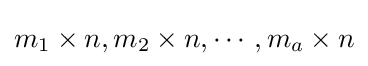
m_{1}\times n,m_{2}\times n,\cdots ,m_{a}\times n